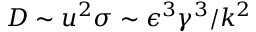
D \sim u ^ { 2 } \sigma \sim \epsilon ^ { 3 } \gamma ^ { 3 } / k ^ { 2 }